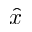
\hat { x }